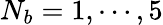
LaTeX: N_{b}=1,\cdots,5